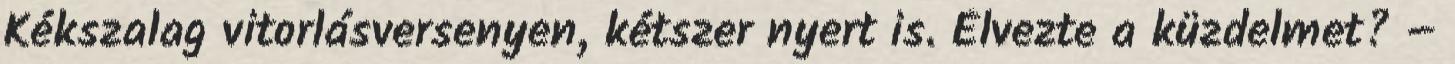
Kékszalag vitorlásversenyen, kétszer nyert is. Élvezte a küzdelmet? –